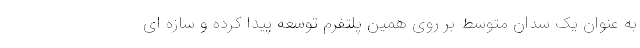
به عنوان یک سدان متوسط بر روی همین پلتفرم توسعه پیدا کرده و سازه ای